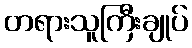
တရားသူကြီးချုပ်